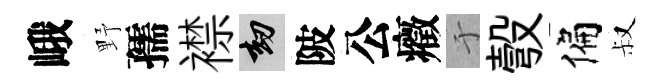
峨野孺襟劫陂公癥于彀偏叔